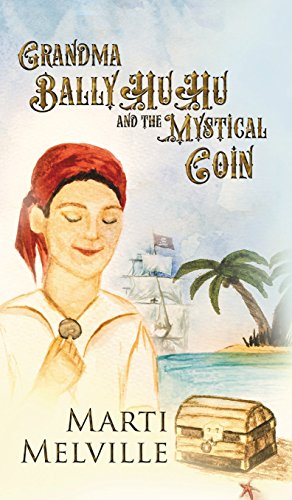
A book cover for Grandma BallyHuHu: and the Mystical Coin; Marti Melville; Children's Books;